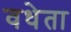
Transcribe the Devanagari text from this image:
वधेता